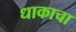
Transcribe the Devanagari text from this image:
धाकाचा